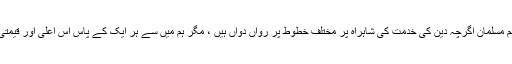
خلاصۂ کلام یہ ہے کہ ہم مسلمان اگرچہ دین کی خدمت کی شاہراہ پر مختلف خطوط پر رواں دواں ہیں ، مگر ہم میں سے ہر ایک کے پاس اس اعلی اور قیمتی خرانے کا ایک رخ ہے۔